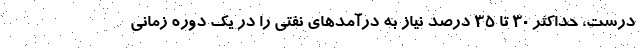
درست، حداکثر ۳۰ تا ۳۵ درصد نیاز به درآمدهای نفتی را در یک دوره زمانی